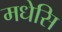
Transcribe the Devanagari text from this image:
मधेसि